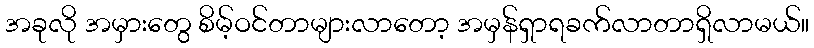
အခုလို အမှားတွေ စိမ့်ဝင်တာများလာတော့ အမှန်ရှာရခက်လာတာရှိလာမယ်။